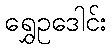
ရွှေဥဒေါင်း